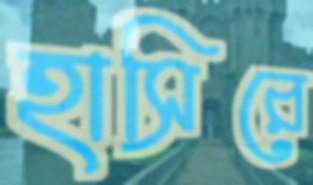
হাসিরে